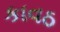
કાવઠ